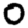
Digit: 0